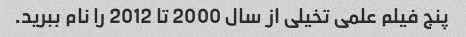
پنج فیلم علمی تخیلی از سال 2000 تا 2012 را نام ببرید.